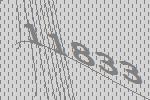
11833